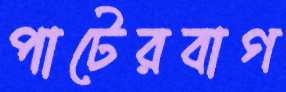
পাটেরবাগ